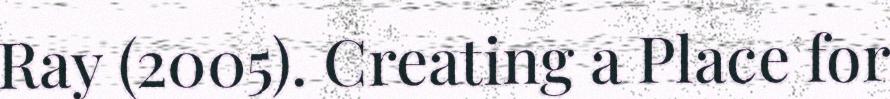
Ray (2005). Creating a Place for